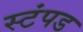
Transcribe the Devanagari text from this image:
स्टंपड